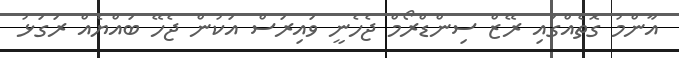
އާންމު ގޮތެއްގައި ރޭޒް ސިންޑްރޯމް ޖެހެނީ ވައިރަސް އަކުން ޖެހޭ ބައްޔެއް ރަގަޅު